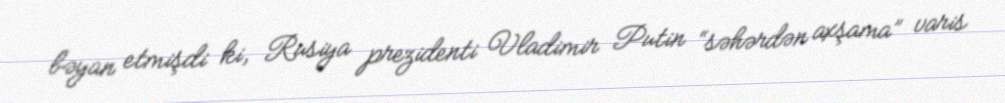
bəyan etmişdi ki, Rusiya prezidenti Vladimir Putin “səhərdən axşama” varis